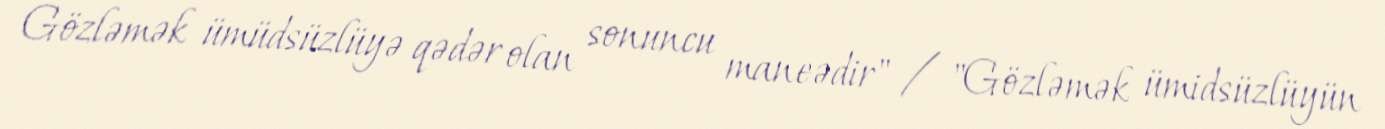
Gözləmək ümüdsüzlüyə qədər olan sonuncu maneədir" / "Gözləmək ümidsüzlüyün